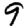
Digit: 9